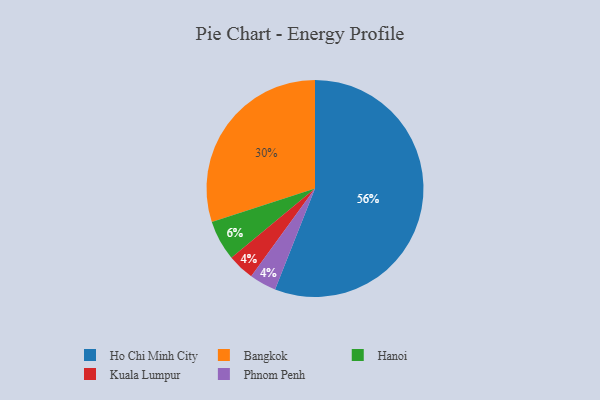
{"axis": {"x": "Category", "y": "Percentage"}, "legend": ["Bangkok", "Hanoi", "Ho Chi Minh City", "Kuala Lumpur", "Phnom Penh"], "data": [{"x": "Hanoi", "y": 6, "type": "Hanoi"}, {"x": "Kuala Lumpur", "y": 4, "type": "Kuala Lumpur"}, {"x": "Ho Chi Minh City", "y": 56, "type": "Ho Chi Minh City"}, {"x": "Bangkok", "y": 30, "type": "Bangkok"}, {"x": "Phnom Penh", "y": 4, "type": "Phnom Penh"}]}